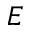
E